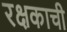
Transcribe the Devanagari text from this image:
रक्षकाची